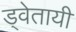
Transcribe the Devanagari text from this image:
ड्वेतायी